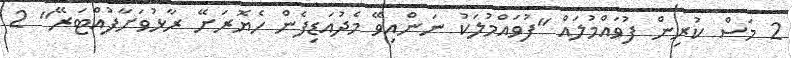
2 މަސް ކުރިން ފުވައްމުލައް "ފުވައްމުލަކު ނަންއިވޭ މެދުއަޑިފެން ހެޔޮރަށޭ ރާޅުވަށާފުއްޓަރޭ" 2